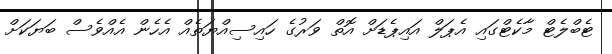
ޓެބްލެޓް މާކެޓްގައި އެޕަލް އައިޕެޑަށް އޮތް ވަރުގެ ހައިސިއްޔަތެއް އެހެން އެއްވެސް ބަޔަކަށް